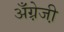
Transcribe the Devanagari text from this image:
अँग्रे़जी़